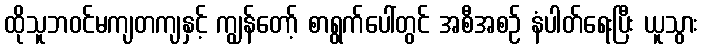
ထိုသူဘဝင်မကျတကျနှင့် ကျွန်တော့် စာရွက်ပေါ်တွင် အစီအစဉ် နံပါတ်ရေးပြီး ယူသွား